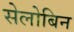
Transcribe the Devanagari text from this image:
सेलोबिन